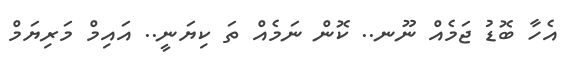
އެހާ ބޮޑު ޖަމެއް ނޫނ.. ކޮން ނަމެއް ތަ ކިޔަނީ.. އައިމް މަރިޔަމް